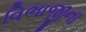
વિભાજીના